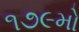
૧૭૯મો